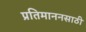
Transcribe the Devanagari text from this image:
प्रतिमाननसाठी